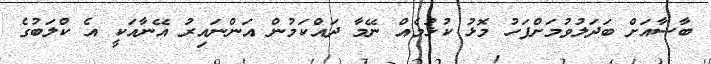
ބާސާއަށް ބަދަލުވުމަށްފަހު މޮޅު ކުޅުމެއް ނޭމާ ދައްކަމުން އަންނައިރު އޭނާއަކީ އެ ކްލަބުގެ